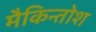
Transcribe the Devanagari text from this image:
मैकिन्तोश